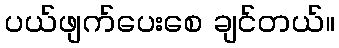
ပယ်ဖျက်ပေးစေ ချင်တယ်။